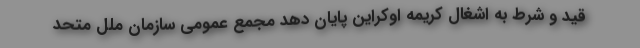
قید و شرط به اشغال کریمه اوکراین پایان دهد مجمع عمومی سازمان ملل متحد